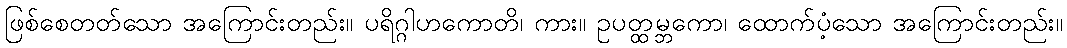
ဖြစ်စေတတ်သော အကြောင်းတည်း။ ပရိဂ္ဂါဟကောတိ၊ ကား။ ဥပတ္ထမ္ဘကော၊ ထောက်ပံ့သော အကြောင်းတည်း။